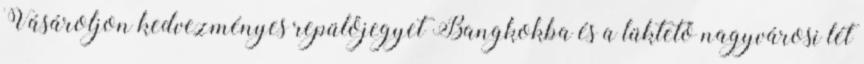
Vásároljon kedvezményes repülőjegyet Bangkokba és a lüktető nagyvárosi lét